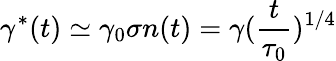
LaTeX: \gamma^{*}(t)\simeq\gamma_{0}\sigma n(t)=\gamma(\frac{t}{\tau_{0}})^{1/4}